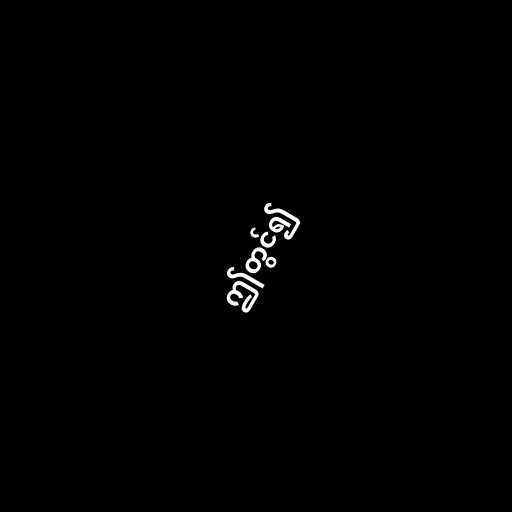
ဤတွင်၍